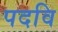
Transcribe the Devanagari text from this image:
पदवि